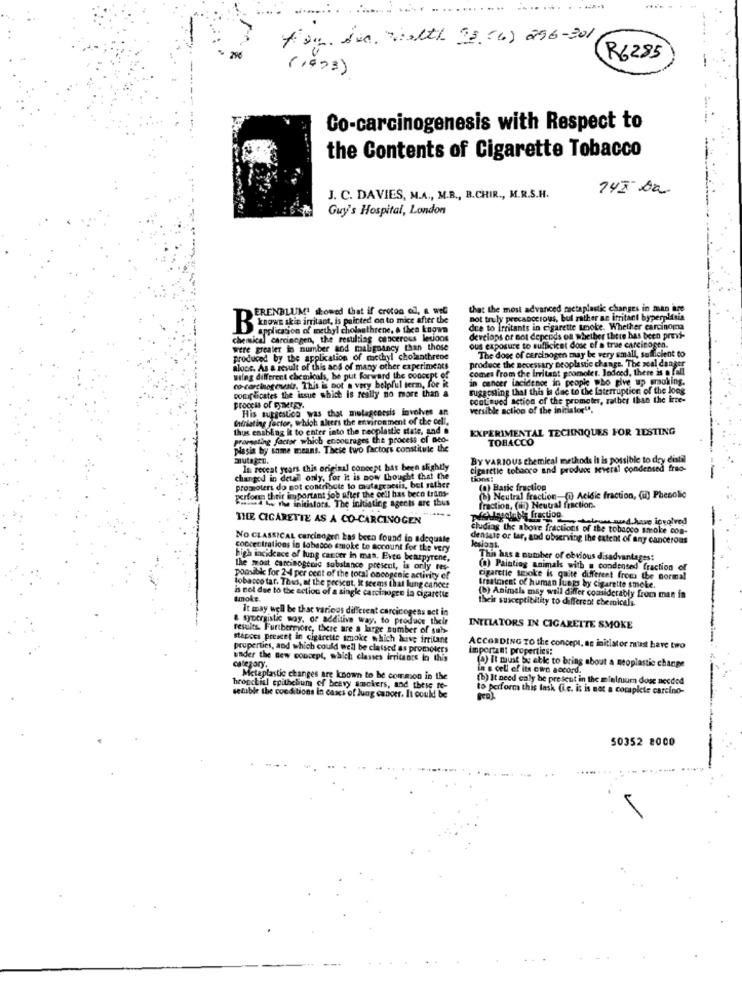
-----
Asy. die Welth 25 (6) 296-301,
R6285
(1973)
Co-carcinogenesis with Respect to
the Contents of Cigarette Tobacco
74x Da
J. C. DAVIES, M.A ., M.B ., B.CHIR ., M.R.S.H.
Guy's Hospital, London
ERENBLUM' showed that if croton of, a well
that the most advanced metaplastic changes in man are
not truly precabocrous, bul rather an irritant byperplasia
BEGGE skie irritant, is painted on to mice after the
application of methyl cholesthrene, & then known
due to Irritants in cigarette smoke. Whether carcinoma
chemical carcinogen, the resulting cancerous letjoos
develops or not depends on whether there has been previ-
were greater in number and malignancy than those
ous exposure to sufficicet dose of a trae carcinogen.
The dose of carcinogen may be very small, sufficient to
produced by the application of methyl cholanthrene
aloce. As a result of this aos of many other experiments
wilng different chemicals, be put forward the concept of
in cancer incidenos in people pho give up smoking.
complicates the issue which is really no more than a
co-carcinogenesis. This is not a very belpful term, for it
suggesting that this la dac to the faterruption of the long
conLigues action of the prometer, rather than the irre-
process of Synergy.
His suggestion was that mutagenesis involves an
versible action of the initialor".
tiriating factor, which alters the environment of the cell.
thus enabling it to enter into the neoplastic state, and .
EXPERIMENTAL TECHNIQUES FOR TESTING
pramsating factor which encourages the process of aed-
TOBACCO
Nasia by some means. These two factors constitule the
mutagen.
BY VARIOUS chemical methods It is possible to dry distil
In receat years this original concept has been slightly
Cigaretle tobacco and produce several condensed frao-
changed in detal only, for it is now thought that the
tions:
promoters do not contribute to mutapraesis, bol sather
(0) Baric fraction
perdona their important job after the cell has beco trans-
(b) Neutral fraction-(0 Acidle fraction, (i) Phenolic
na ww the initiators. The initiating agects are thus
fraction, (@) Neutral fraction.
THE CIGARETTE AS A CO-CARCINOGEN
felgeninbi fraction.
Letoun muud have involved
cludiag the above fractions of the tobacco smoke con-
NO CLASSICAL carcinogen has been found in adequate
densais or tar, and observing the extent of any cancerous
kulont.
concentrations in tobacco smoke to account for the very
high incidence of lung cancer in mas. Even beazpyrene,
This has a number of obvious disadvantages:
the most carcinogenic substance present, is only res-
(a) Painting animals with a condensed fraction of
porsibk for 2-4 per cent of the total oncogenic activity ef
cigarette smoke is quite different from the normal
Tobacco tar. Thus, at the present, it seems that lung cancer
treatment of human lunes by cigarette smoke.
is not due to the action of a single carcinogee la cigarette
tmoke.
(b) Animals may wall differ considerably from man in
their susceptibility to different chemicals.
It may well be that various different carcicogens act in
& sypergistic way, or additive way, to produce their
results. Furthermore, there are a large number of sub-
INTELATORS IN CIGARETTE SMOKE
stapoes preseet in cigarette smoke which have irritant
properties, and which could we'll be classed as promoters
ACCORDING TO the concept, as initiator must have two
important properties:
under the Bew concept, which classes irritants in this
category.
(A) It must be able to bring about a neoplastic change
in & cell of its own accord.
Metaplastic changes are known to be common in the
(b) It need caly be present in the mielnium dose needed
bronchial epithelium of beavy amckers, and these te-
to perform this task (i.c. it is not a complete carcino-
setable the conditions in cases of lung cancer. It could! be
50352 8000